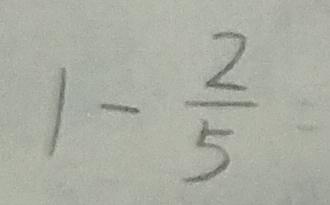
1 - \frac { 2 } { 5 }